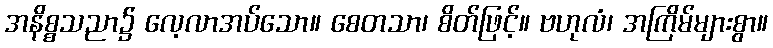
အနိစ္စသညာ၌ လေ့လာအပ်သော။ စေတသာ၊ စိတ်ဖြင့်။ ဗဟုလံ၊ အကြိမ်များစွာ။